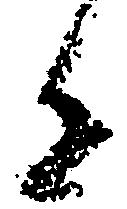
者